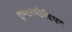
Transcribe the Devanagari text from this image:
इण्टरमी़डिएट